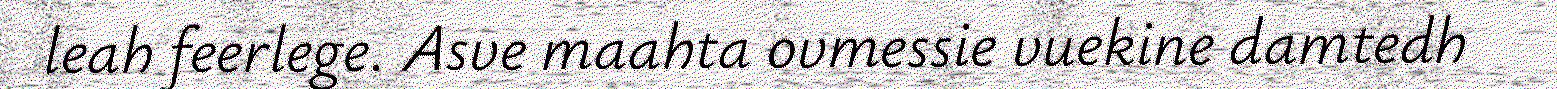
leah feerlege. Asve maahta ovmessie vuekine damtedh